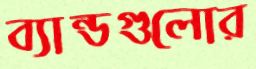
ব্যান্ডগুলোর